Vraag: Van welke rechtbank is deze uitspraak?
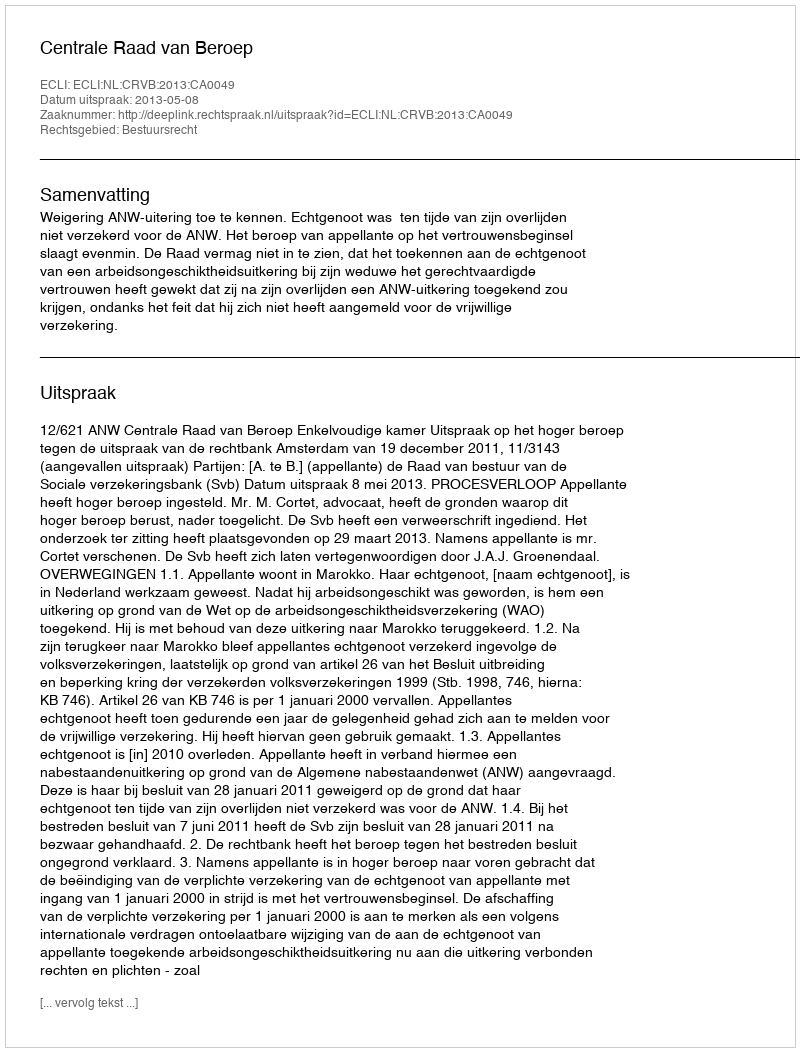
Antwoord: Centrale Raad van Beroep